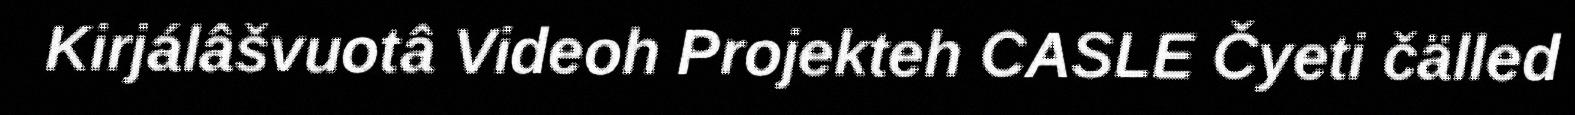
Kirjálâšvuotâ Videoh Projekteh CASLE Čyeti čälled